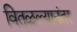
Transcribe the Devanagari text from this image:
वितळल्यानंतर